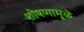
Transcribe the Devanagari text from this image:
शोषणामुळे